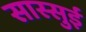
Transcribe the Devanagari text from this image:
सास्सुई